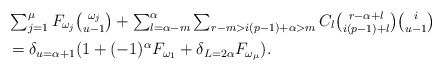
\begin{align*}& \textstyle \sum_{j = 1}^\mu F_{\omega_j} {\omega_j \choose u-1} + \sum_{l=\alpha-m}^\alpha \sum_{r - m > i(p-1)+\alpha > m} C_l {r-\alpha+l \choose i(p-1) +l} {i \choose u-1} \\ & \textstyle = \delta_{u=\alpha+1} (1 + (-1)^\alpha F_{\omega_1} + \delta_{L = 2\alpha} F_{\omega_\mu}).\end{align*}